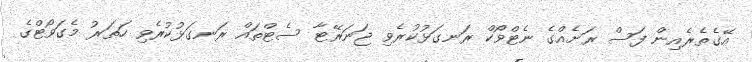
އޭގެތެރެއިން ފަސް ރަށެއްގެ ނެޓްވޯކް ރަނގަޅުކުރެވި ޖަނަރޭޓާ ސެޓްތައް ރަނގަޅުކުރެވި ހަތަރު މެގަވޯޓްގެ